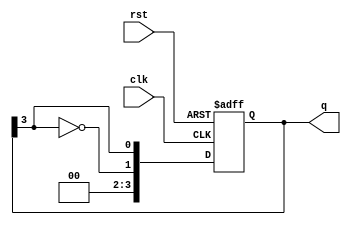
module johnson_counter #(
    parameter N = 4  // Number of flip-flops
)(
    input wire clk,          // Clock input
    input wire rst,          // Active-high reset input
    output reg [N-1:0] q     // Output state of the counter
);

    // Sequential logic for Johnson counter
    always @(posedge clk or posedge rst) begin
        if (rst) begin
            // Initialize counter to known state (e.g., all zeros)
            q <= 0;
        end else begin
            // Shift the counter and implement feedback
            q <= {~q[N-1], q[N-1:N-1]}; // Shift with feedback from last flip-flop
        end
    end

endmodule